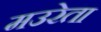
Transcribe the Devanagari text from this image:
मउरेता